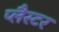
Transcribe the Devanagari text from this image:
प्लैस्टर